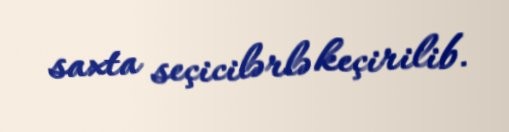
saxta seçicilərlə keçirilib.